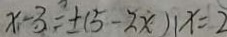
x _ { 1 } - 3 = \pm ( 5 - 2 x ) 1 x = 2